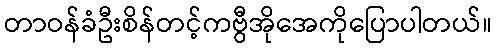
တာဝန်ခံဦးစိန်တင့်ကဗွီအိုအေကိုပြောပါတယ်။